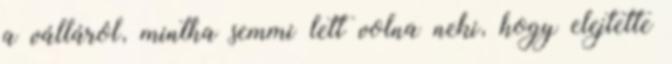
a válláról, mintha semmi lett volna neki, hogy elejtette